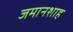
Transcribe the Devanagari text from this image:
जमानशाह